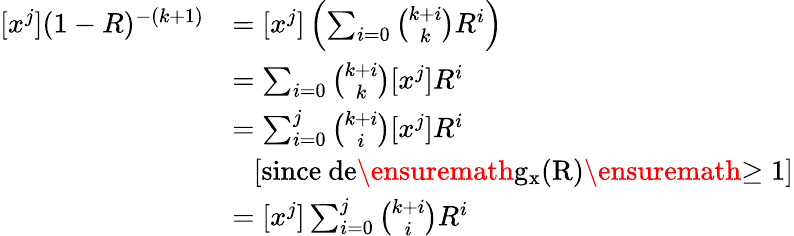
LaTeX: \begin{array}{rl}{[x^{j}](1-R)^{-(k+1)}}&{=[x^{j}]\left(\sum_{i=0}{\binom{k+i}{k}}R^{i}\right)}\\ &{=\sum_{i=0}{\binom{k+i}{k}}[x^{j}]R^{i}}\\ &{=\sum_{i=0}^{j}{\binom{k+i}{i}}[x^{j}]R^{i}}\\ &{\ \ \ [\mathrm{since~de\ensuremath{g_{x}}(R)\ensuremath{\geq 1}}]}\\ &{=[x^{j}]\sum_{i=0}^{j}{\binom{k+i}{i}}R^{i}}\end{array}